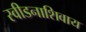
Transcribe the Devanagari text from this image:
स्वीडनाशिवाय